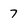
Character: 7